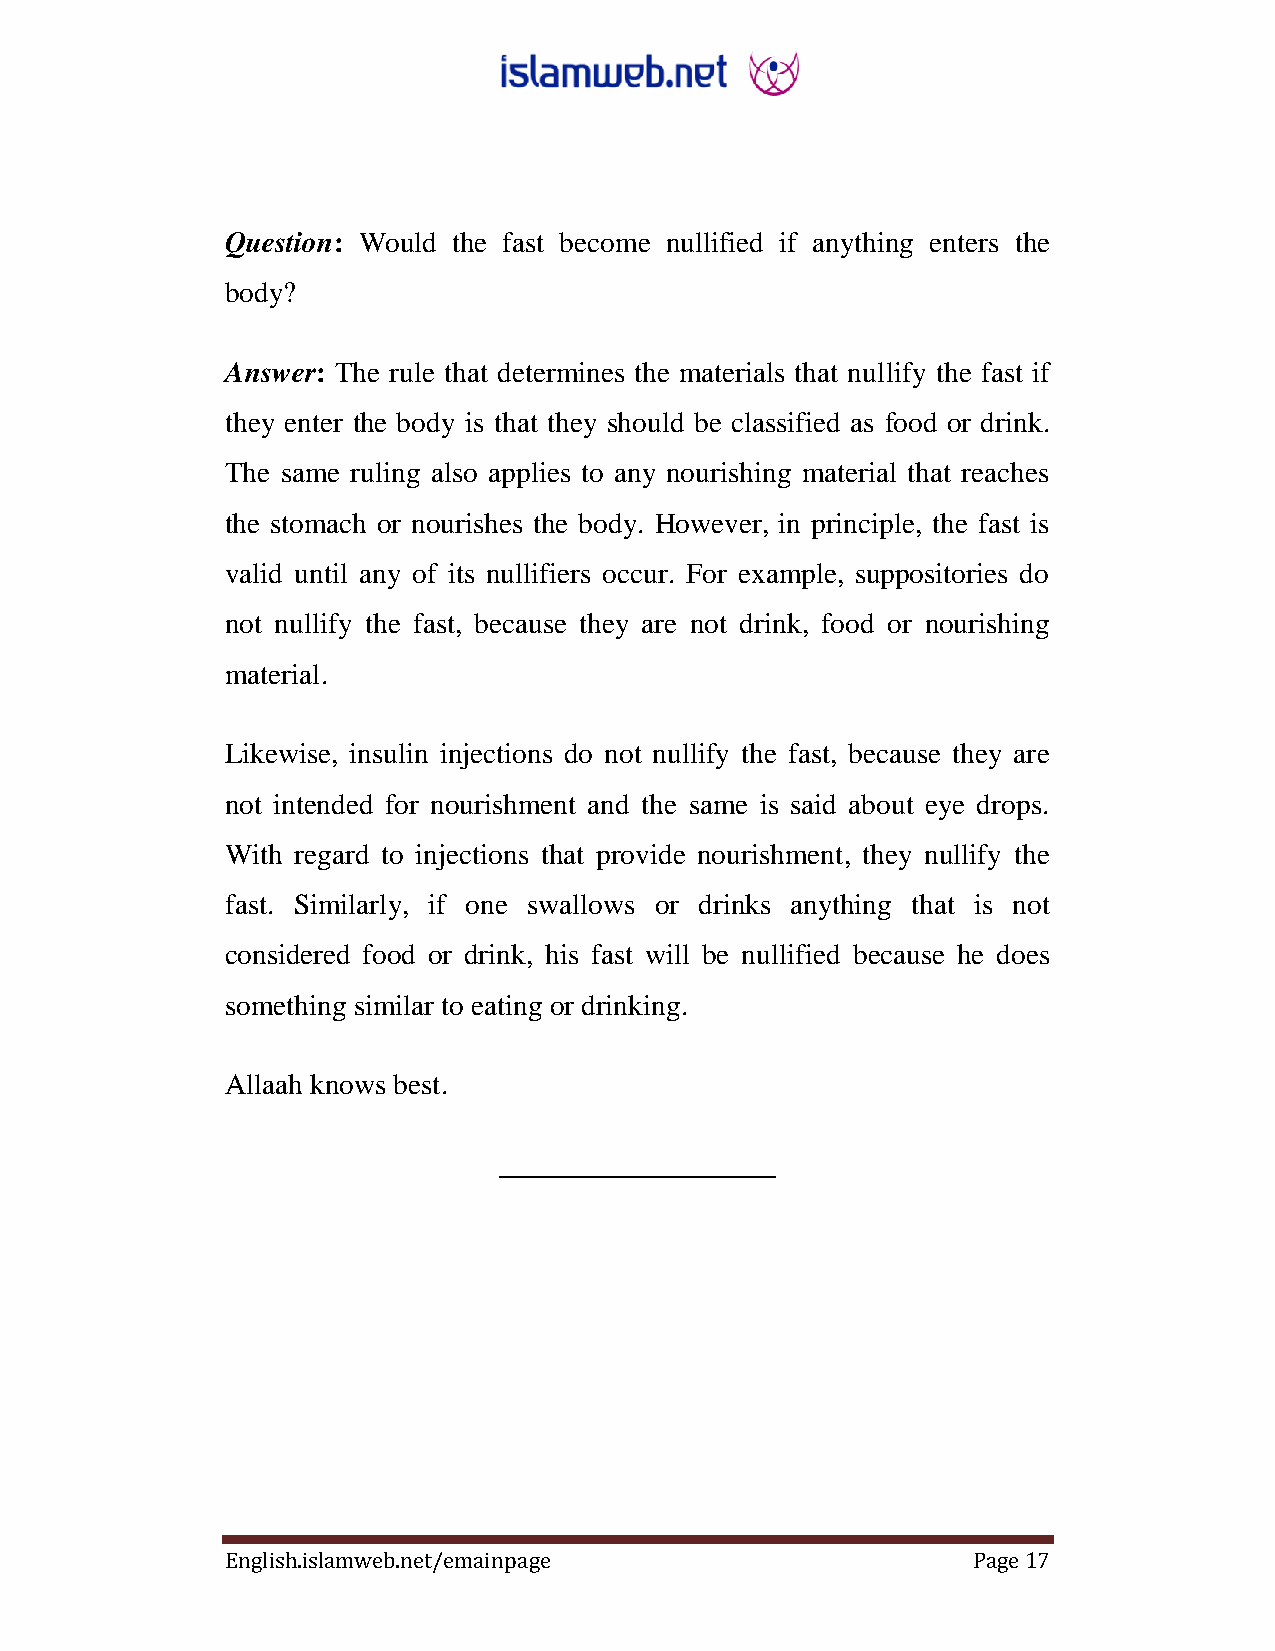
Question: Would the fast become nullified if anything enters the
 body?
 Answer: The rule that determines the materials that nullify the fast if
 they enter the body is that they should be classified as food or drink.
 The same ruling also applies to any nourishing material that reaches
 the stomach or nourishes the body. However, in principle, the fast is
 valid until any of its nullifiers occur. For example, suppositories do
 not nullify the fast, because they are not drink, food or nourishing
 material.
 Likewise, insulin injections do not nullify the fast, because they are
 not intended for nourishment and the same is said about eye drops.
 With regard to injections that provide nourishment, they nullify the
 fast. Similarly, if one swallows or drinks anything that is not
 considered food or drink, his fast will be nullified because he does
 something similar to eating or drinking.
 Allaah knows best.
 ___________________
 English.islamweb.net/emainpage                   Page 17